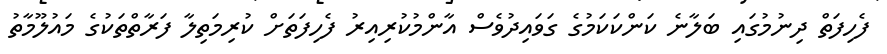
ފެހިފަތް ދިނުމުގައި ބަލާނެ ކަންކަކަމުގެ ގަވައިދުވެސް އާންމުކުރިއިރު ފެހިފަތަށް ކުރިމަތިލާ ފަރާތްތަކުގެ މައުލޫމާތު